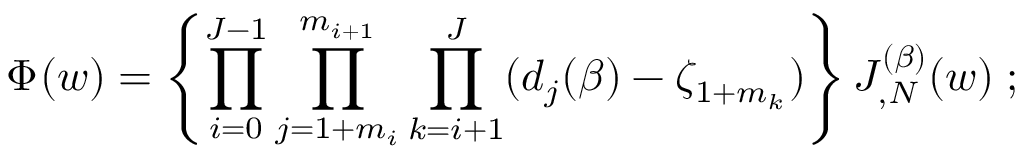
\Phi ^ { \l } ( w ) = \left\{ \prod _ { i = 0 } ^ { J - 1 } \prod _ { j = 1 + m _ { i } } ^ { m _ { i + 1 } } \prod _ { k = i + 1 } ^ { J } ( d _ { j } ( \beta ) - \zeta _ { 1 + m _ { k } } ^ { \l } ) \right\} J _ { \l , N } ^ { ( \beta ) } ( w ) \; ;